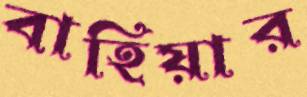
বাহিয়ার